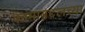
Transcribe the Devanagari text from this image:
कामाबद्दलच्या